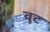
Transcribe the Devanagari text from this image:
वूट